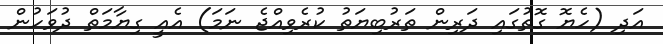
އަދި (ހެޔޮ ގޮތުގައި ދަރިން ތަރުބިޔަތު ކުރެވިއްޖެ ނަމަ) އެއީ ގިޔާމަތް ދުވަހުން